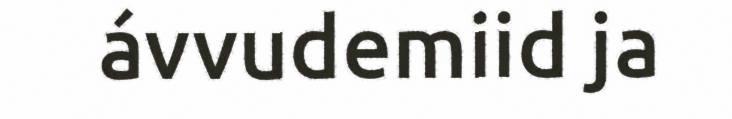
ávvudemiid ja